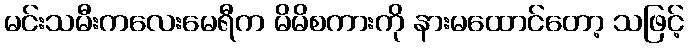
မင်းသမီးကလေးမေရီက မိမိစကားကို နားမထောင်တော့ သဖြင့်